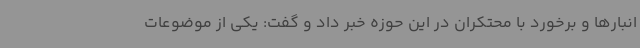
انبارها و برخورد با محتکران در این حوزه خبر داد و گفت: یکی از موضوعات